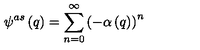
\psi ^ { a s } \left( q \right) = \sum _ { n = 0 } ^ { \infty } \left( - \alpha \left( q \right) \right) ^ { n }